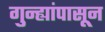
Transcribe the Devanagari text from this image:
गुन्ह्यांपासून